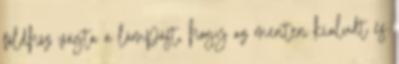
földhöz vágta a lámpást, hogy az menten kialudt és